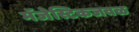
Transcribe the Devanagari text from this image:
मॅजेस्टिकजवळ